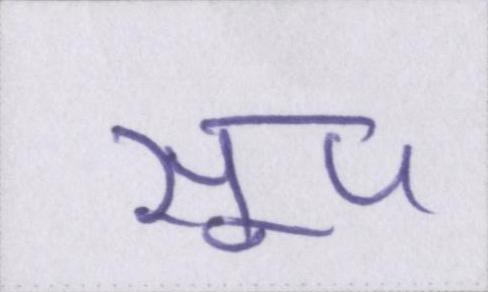
सूप